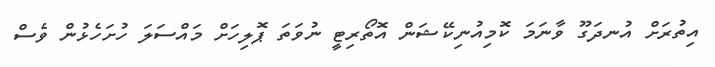
އިތުރަށް އުނދަގޫ ވާނަމަ ކޮމިއުނިކޭޝަން އޮތޯރިޓީ ނުވަތަ ޕޮލިހަށް މައްސަލަ ހުށަހެޅުން ވެސް